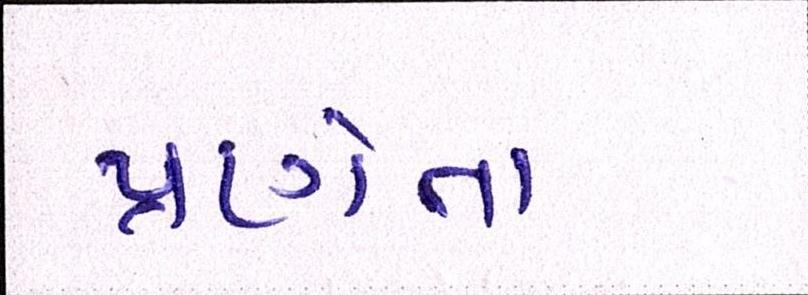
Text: પ્રણેતા